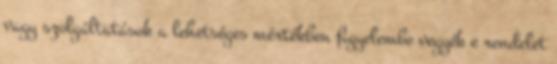
vagy szolgáltatások a lehetséges mértékben figyelembe vegyék e rendelet